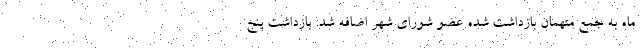
ماه به جمع متهمان بازداشت شده عضو شورای شهر اضافه شد. بازداشت پنج